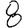
Digit: 8